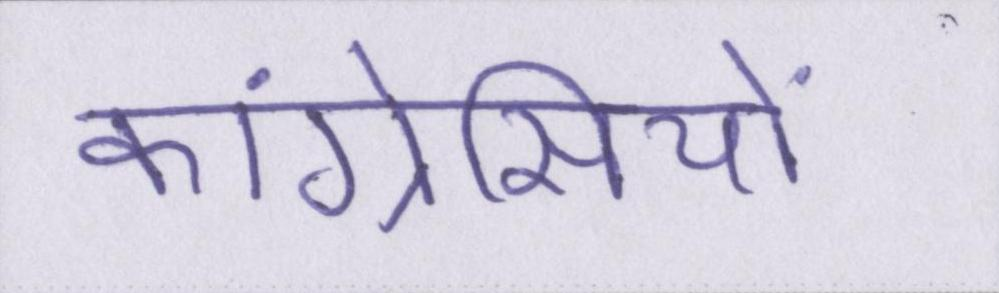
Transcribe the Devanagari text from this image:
कांग्रेसियों